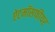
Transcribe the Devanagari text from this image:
ऐटमॉसफीयर